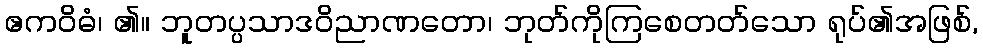
ဧကဝိဓံ၊ ၏။ ဘူတပ္ပသာဒဝိညာဏတော၊ ဘုတ်ကိုကြစေတတ်သော ရုပ်၏အဖြစ်,